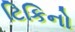
ટિકિનો